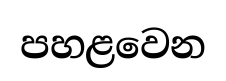
පහළවෙන